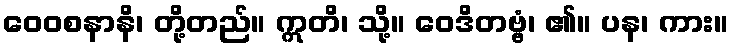
ဝေဝစနာနိ၊ တို့တည်။ ဣတိ၊ သို့။ ဝေဒိတဗ္ဗံ၊ ၏။ ပန၊ ကား။